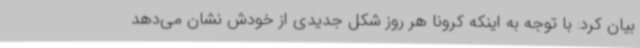
بیان کرد: با توجه به اینکه کرونا هر روز شکل جدیدی از خودش نشان می‌دهد